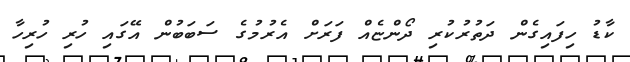
ކާޑު ހިފައިގެން ދަތުރުކުރި ދޯންޏެއް ފަރަށް އެރުމުގެ ސަބަބުން އޭގައި ހުރި ހުރިހާ